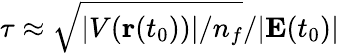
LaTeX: \tau\approx\sqrt{|V(\mathbf{r}(t_{0}))|/n_{f}}/|\textbf{E}(t_{0})|